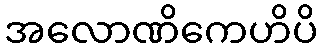
အလောဏိကေဟိပိ